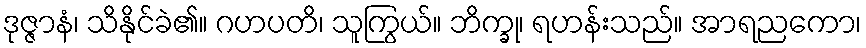
ဒုဇ္ဇာနံ၊ သိနိုင်ခဲ၏။ ဂဟပတိ၊ သူကြွယ်။ ဘိက္ခု၊ ရဟန်းသည်။ အာရညကော၊